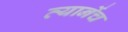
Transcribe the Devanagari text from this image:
त्यानेंच